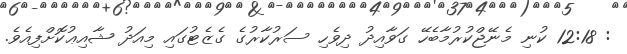
: 12:18 ކުނި މެނޭޖްކުރުމާބެހޭ ގަވާއިދު ދިވެހި ސަރުކާރުގެ ގެޒެޓުގައި މިއަދު ޝާއިޢުކޮށްފިއެވެ.